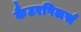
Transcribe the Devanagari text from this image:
कैटरपिलर्स